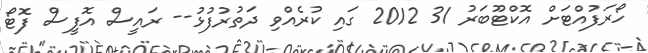
ހޯރަފުއްޓަށް އޮކްޓޫބަރު 31 2012 ގައި ކުރެއްވި ދަތުރުފުޅު-- ރައީސް އޮފީސް ފޮޓޯ